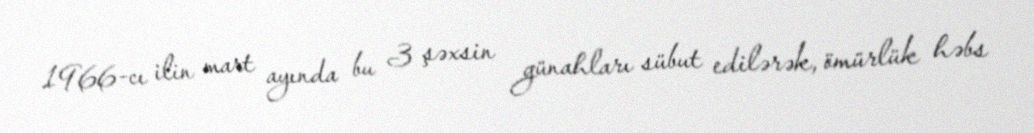
1966-cı ilin mart ayında bu 3 şəxsin günahları sübut edilərək, ömürlük həbs